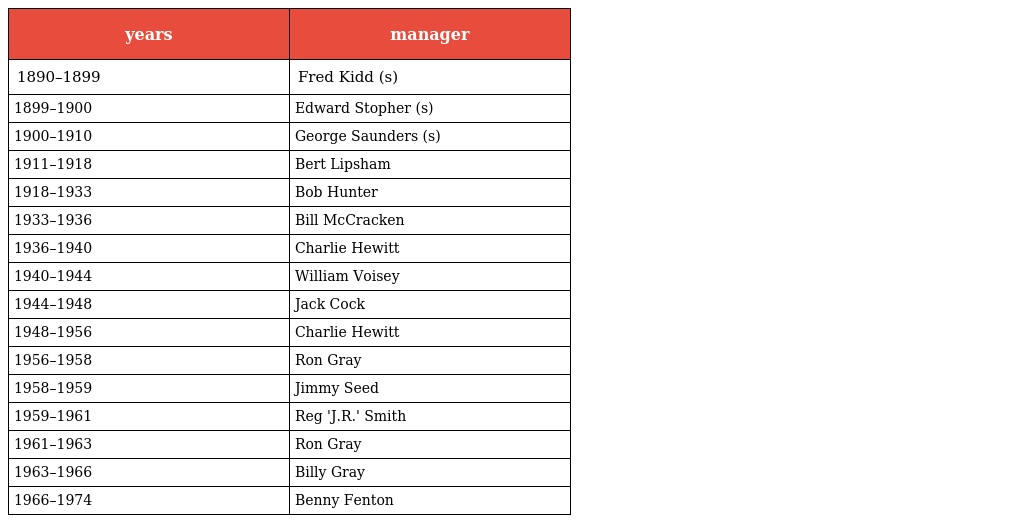
| years | manager |
 | --- | --- |
 | 1890–1899 | Fred Kidd (s) |
 | 1899–1900 | Edward Stopher (s) |
 | 1900–1910 | George Saunders (s) |
 | 1911–1918 | Bert Lipsham |
 | 1918–1933 | Bob Hunter |
 | 1933–1936 | Bill McCracken |
 | 1936–1940 | Charlie Hewitt |
 | 1940–1944 | William Voisey |
 | 1944–1948 | Jack Cock |
 | 1948–1956 | Charlie Hewitt |
 | 1956–1958 | Ron Gray |
 | 1958–1959 | Jimmy Seed |
 | 1959–1961 | Reg 'J.R.' Smith |
 | 1961–1963 | Ron Gray |
 | 1963–1966 | Billy Gray |
 | 1966–1974 | Benny Fenton |